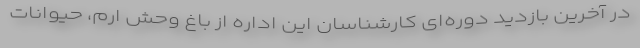
در آخرین بازدید دوره‌ای کارشناسان این اداره از باغ وحش ارم، حیوانات